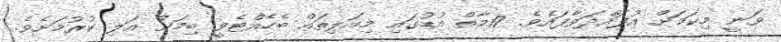
ވަނީ މިކަމަށް އުފައްދަވާފައެވެ. 17މާތް އުޑުގައި މިއަލިތައް ބެހެއްޓެވީ ބިމަށް އަލި ކުރުމަށެވެ.